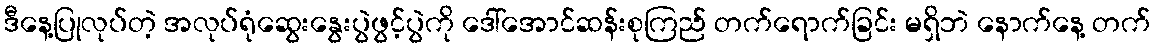
ဒီနေ့ပြုလုပ်တဲ့ အလုပ်ရုံဆွေးနွေးပွဲဖွင့်ပွဲကို ဒေါ်အောင်ဆန်းစုကြည် တက်ရောက်ခြင်း မရှိဘဲ နောက်နေ့ တက်